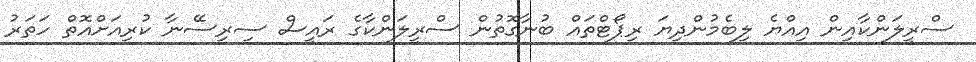
ސްރީލަންކާއިން އިއްޔެ ލިބެމުންދިޔަ ރިޕޯޓްތައް ބުނާގޮތުން ސްރީލަންކާގެ ރައީސް ސިރިސޭނާ ކުރިއަށްއޮތް ހަތަރު